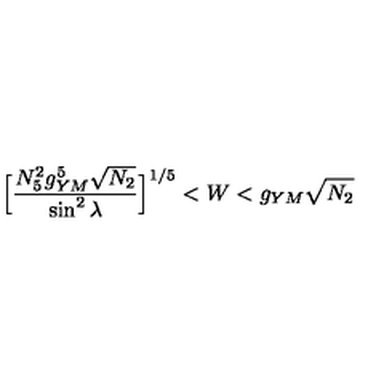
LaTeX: \Big [ \frac { N _ { 5 } ^ { 2 } g _ { Y M } ^ { 5 } \sqrt { N _ { 2 } } } { \sin ^ { 2 } \lambda } \Big ] ^ { 1 / 5 } < W < g _ { Y M } \sqrt { N _ { 2 } }